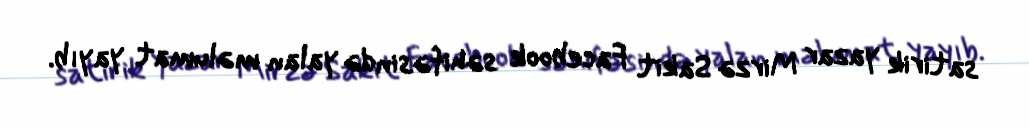
satirik yazar Mirzə Sakit Facebook səhifəsində yalan məlumat yayıb.